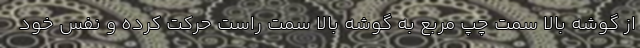
از گوشه بالا سمت چپ مربع به گوشه بالا سمت راست حرکت کرده و نفس خود